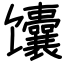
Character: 馕